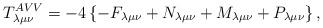
LaTeX: \begin{align*}T_{\lambda \mu \nu }^{AVV}=-4\left\{ -F_{\lambda \mu \nu }+N_{\lambda \mu\nu }+M_{\lambda \mu \nu }+P_{\lambda \mu \nu }\right\} ,\end{align*}